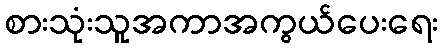
စားသုံးသူအကာအကွယ်ပေးရေး